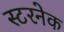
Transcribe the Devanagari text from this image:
स्टरनेक